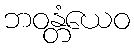
ဘဝန္တံယေဝ